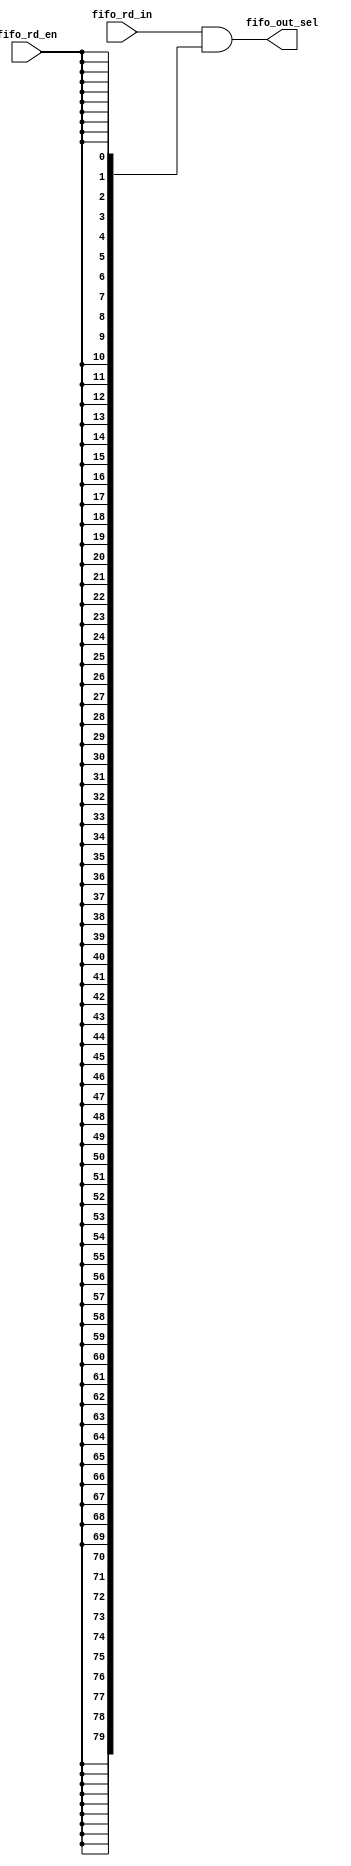
// This program was cloned from: https://github.com/chipsalliance/aib-phy-hardware
// License: Apache License 2.0

// SPDX-License-Identifier: Apache-2.0
// Copyright (C) 2022 HCL Technologies Ltd.
// Copyright (C) 2022 Blue Cheetah Analog Design, Inc.

module aib_fifo_and_sel #(
parameter DWIDTH = 80
)
(
output [DWIDTH-1:0] fifo_out_sel, // FIFO output ANDed with read enable
input               fifo_rd_en,   // FIFO read enable
input  [DWIDTH-1:0] fifo_rd_in    // FIFO data in write domain
);

// AND logic selects the asynchronous bus only when data is stable
assign fifo_out_sel = fifo_rd_in[DWIDTH-1:0] & {DWIDTH{fifo_rd_en}};

endmodule // aib_fifo_and_sel